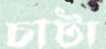
চাটা